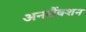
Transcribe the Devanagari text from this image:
अनसैंक्शन